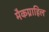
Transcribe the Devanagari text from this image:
मैकग्राहिल